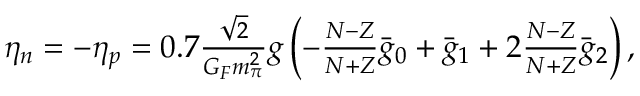
\begin{array} { r } { \eta _ { n } = - \eta _ { p } = 0 . 7 \frac { \sqrt { 2 } } { G _ { F } m _ { \pi } ^ { 2 } } g \left( - \frac { N - Z } { N + Z } \bar { g } _ { 0 } + \bar { g } _ { 1 } + 2 \frac { N - Z } { N + Z } \bar { g } _ { 2 } \right) , } \end{array}